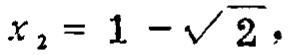
\(x_{2}=1 - \sqrt{2},\)